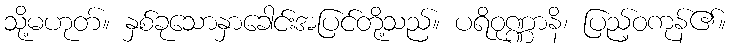
သို့မဟုတ်။ နှစ်ခုသောနှာခေါင်းအပြင်တို့သည်။ ပရိဝုဏ္ဏာနိ၊ ပြည့်ဝကုန်၏။